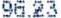
96.23